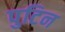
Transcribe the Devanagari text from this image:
पुटिन